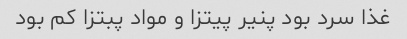
غذا سرد بود پنیر پیتزا و مواد پبتزا کم بود